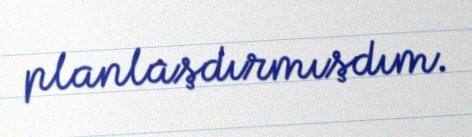
planlaşdırmışdım.